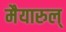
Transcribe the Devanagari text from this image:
मैयारुल्